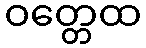
ဝတ္တေထ